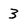
Character: 3